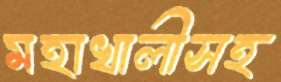
মহাখালীসহ